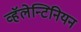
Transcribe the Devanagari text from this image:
व्हॅलेन्टिनियन